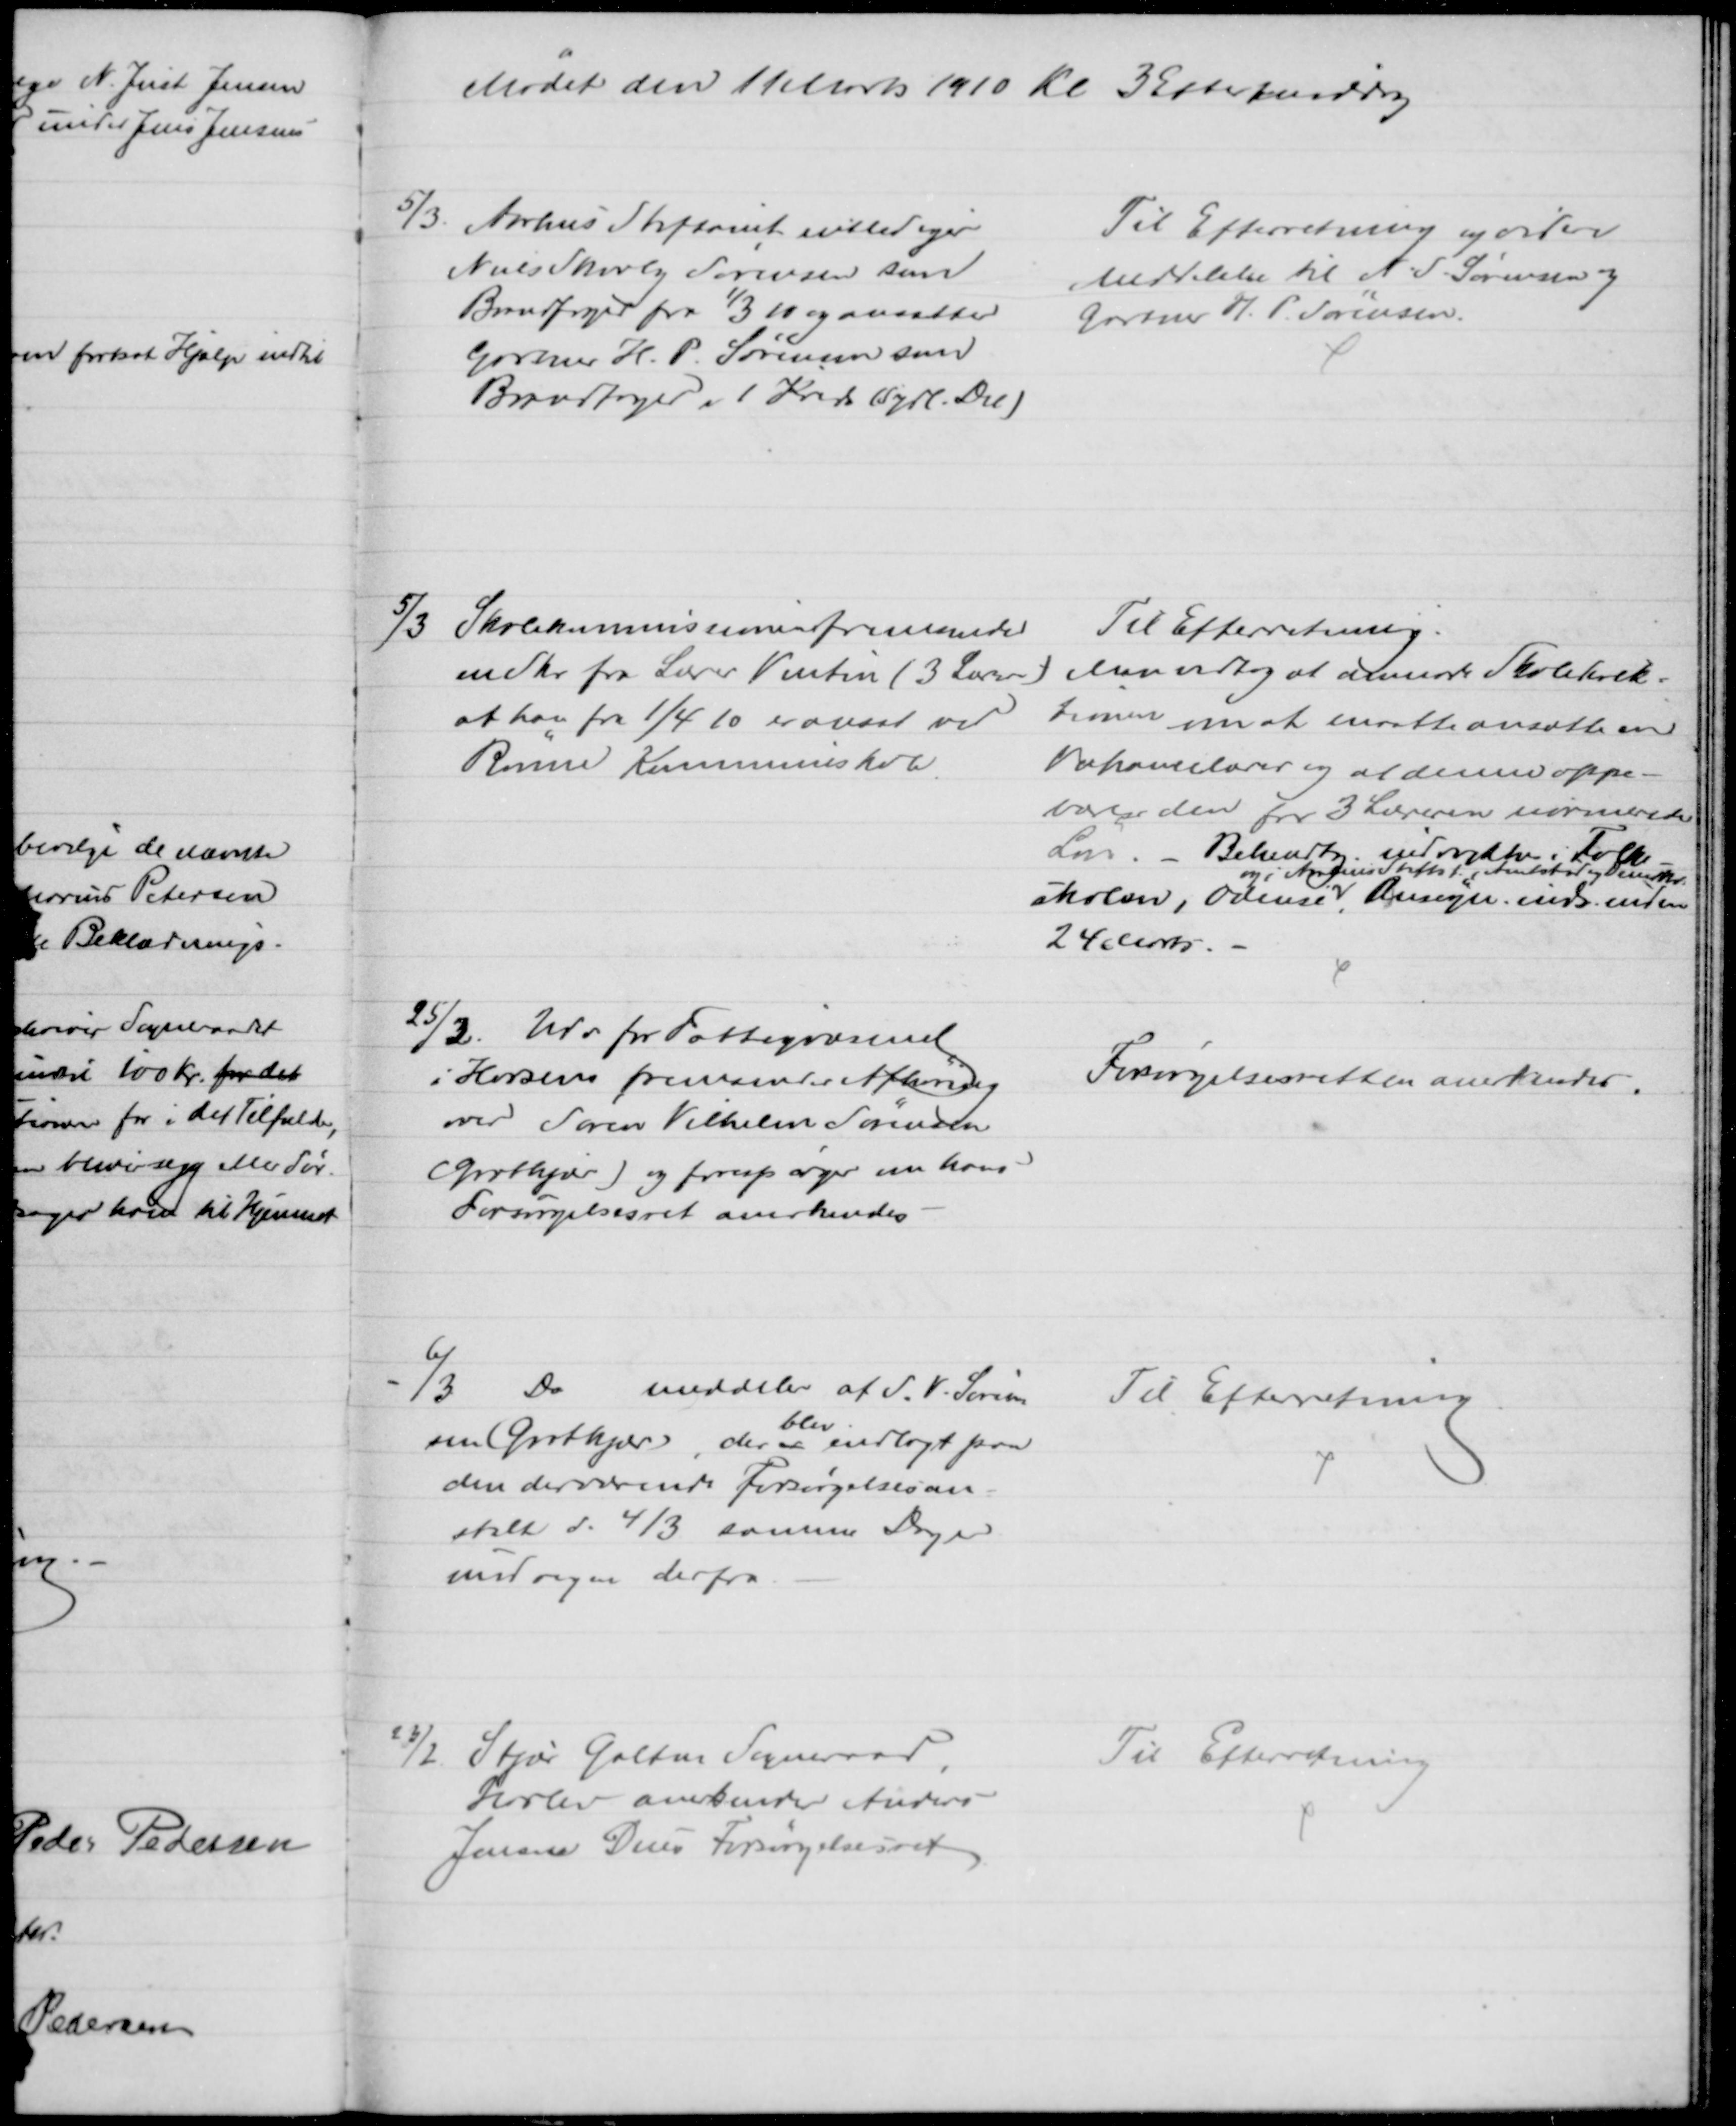
Transskription:
Mødet den 11 Marts 1910 Kl 3 Eftermiddag
5/3. Aarhus Stiftamt entlediger
Niels Skovly Sørensen som
Brandfoged fra 1/3 10 og ansætter
Gartner H. P. Sørensen som
Brandfoged i 1 Kreds (sydl. Del)
Til Efterretning og videre
Meddelelse til N. S. Sørensen og
Gartner H. P. Sørensen.
5/3 Skolekommissionen fremsender
en Skr fra Lærer Vinten (3 Lærer)
at han fra 1/4 10 er ansat ved
Rønne Kommuneskole.
Til Efterretning.
Man vedtog at anmode Skoledirek-
tionen om at maatte ansætte en
Vakancelærer og at denne oppe-
bærer den for 3 Læreren normerede
Løn. - Bekendtg. indrykkes i Folke-
skolen, Odense
og i Aarhus Stiftst., Amtstid og Demokr.
Ansøgn. inds. inden
24 Marts.
25/2.
Udv for Fattigvæsenet
i Horsens fremsender Afhøring
over Søren Vilhelm Sørensen
(Grotkjær) og forespørger om hans
Forsørgelsesret anerkendes
Forøgelsesretten anerkendes.
6/3
Do
meddeler af S. V. Søren-
sen (Grotkjær), der er
blev
indlagt paa
den derværende Forsørgelsesan-
stalt d. 4/3 samme Dag er
undvegen derfra
Til Efterretning
23/2
Stjær Galten Sogneraad,
Harlev anerkender Anders
Jensen Dues Forsørgelsesret
Til Efterretning